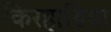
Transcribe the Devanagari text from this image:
किरहाडिया